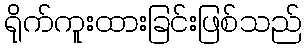
ရိုက်ကူးထားခြင်းဖြစ်သည်